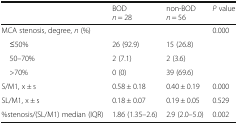
<table><thead><tr><td></td><td><b>BOD<i>n</i> = 28</b></td><td><b>non-BOD<i>n</i> = 56</b></td><td><b><i>P</i> value</b></td></tr></thead><tbody><tr><td>MCA stenosis, degree, <i>n</i> (%)</td><td></td><td></td><td>0.000</td></tr><tr><td> ≤50%</td><td>26 (92.9)</td><td>15 (26.8)</td><td></td></tr><tr><td> 50–70%</td><td>2 (7.1)</td><td>2 (3.6)</td><td></td></tr><tr><td> &gt;70%</td><td>0 (0)</td><td>39 (69.6)</td><td></td></tr><tr><td>S/M1, x ± s</td><td>0.58 ± 0.18</td><td>0.40 ± 0.19</td><td>0.000</td></tr><tr><td>SL/M1, x ± s</td><td>0.18 ± 0.07</td><td>0.19 ± 0.05</td><td>0.529</td></tr><tr><td>%stenosis/(SL/M1) median (IQR)</td><td>1.86 (1.35–2.6)</td><td>2.9 (2.0–5.0)</td><td>0.002</td></tr></tbody></table>